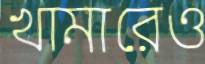
খামারেও